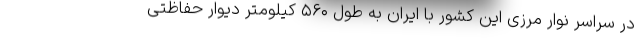
در سراسر نوار مرزی این کشور با ایران به طول ۵۶۰ کیلومتر دیوار حفاظتی